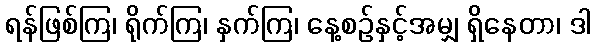
ရန်ဖြစ်ကြ၊ ရိုက်ကြ၊ နှက်ကြ၊ နေ့စဉ်နှင့်အမျှ ရှိနေတာ၊ ဒါ